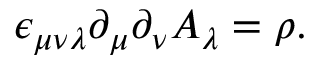
\epsilon _ { \mu \nu \lambda } \partial _ { \mu } \partial _ { \nu } A _ { \lambda } = \rho .